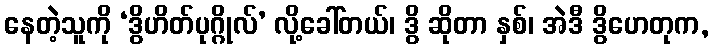
နေတဲ့သူကို ‘ဒွိဟိတ်ပုဂ္ဂိုလ်’ လို့ခေါ်တယ်၊ ဒွိ ဆိုတာ နှစ်၊ အဲဒီ ဒွိဟေတုက,